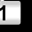
Digit: 1